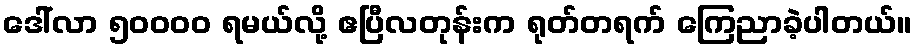
ဒေါ်လာ ၅၀၀၀၀ ရမယ်လို့ ဧပြီလတုန်းက ရုတ်တရက် ကြေညာခဲ့ပါတယ်။